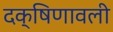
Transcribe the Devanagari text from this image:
दक्षिणावली